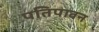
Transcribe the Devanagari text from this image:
पतिपावन